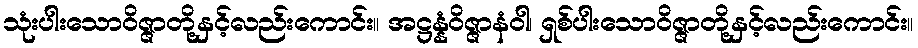
သုံးပါးသောဝိဇ္ဇာတို့နှင့်လည်းကောင်း။ အဋ္ဌန္နံဝိဇ္ဇာနံဝါ၊ ရှစ်ပါးသောဝိဇ္ဇာတို့နှင့်လည်းကောင်း။